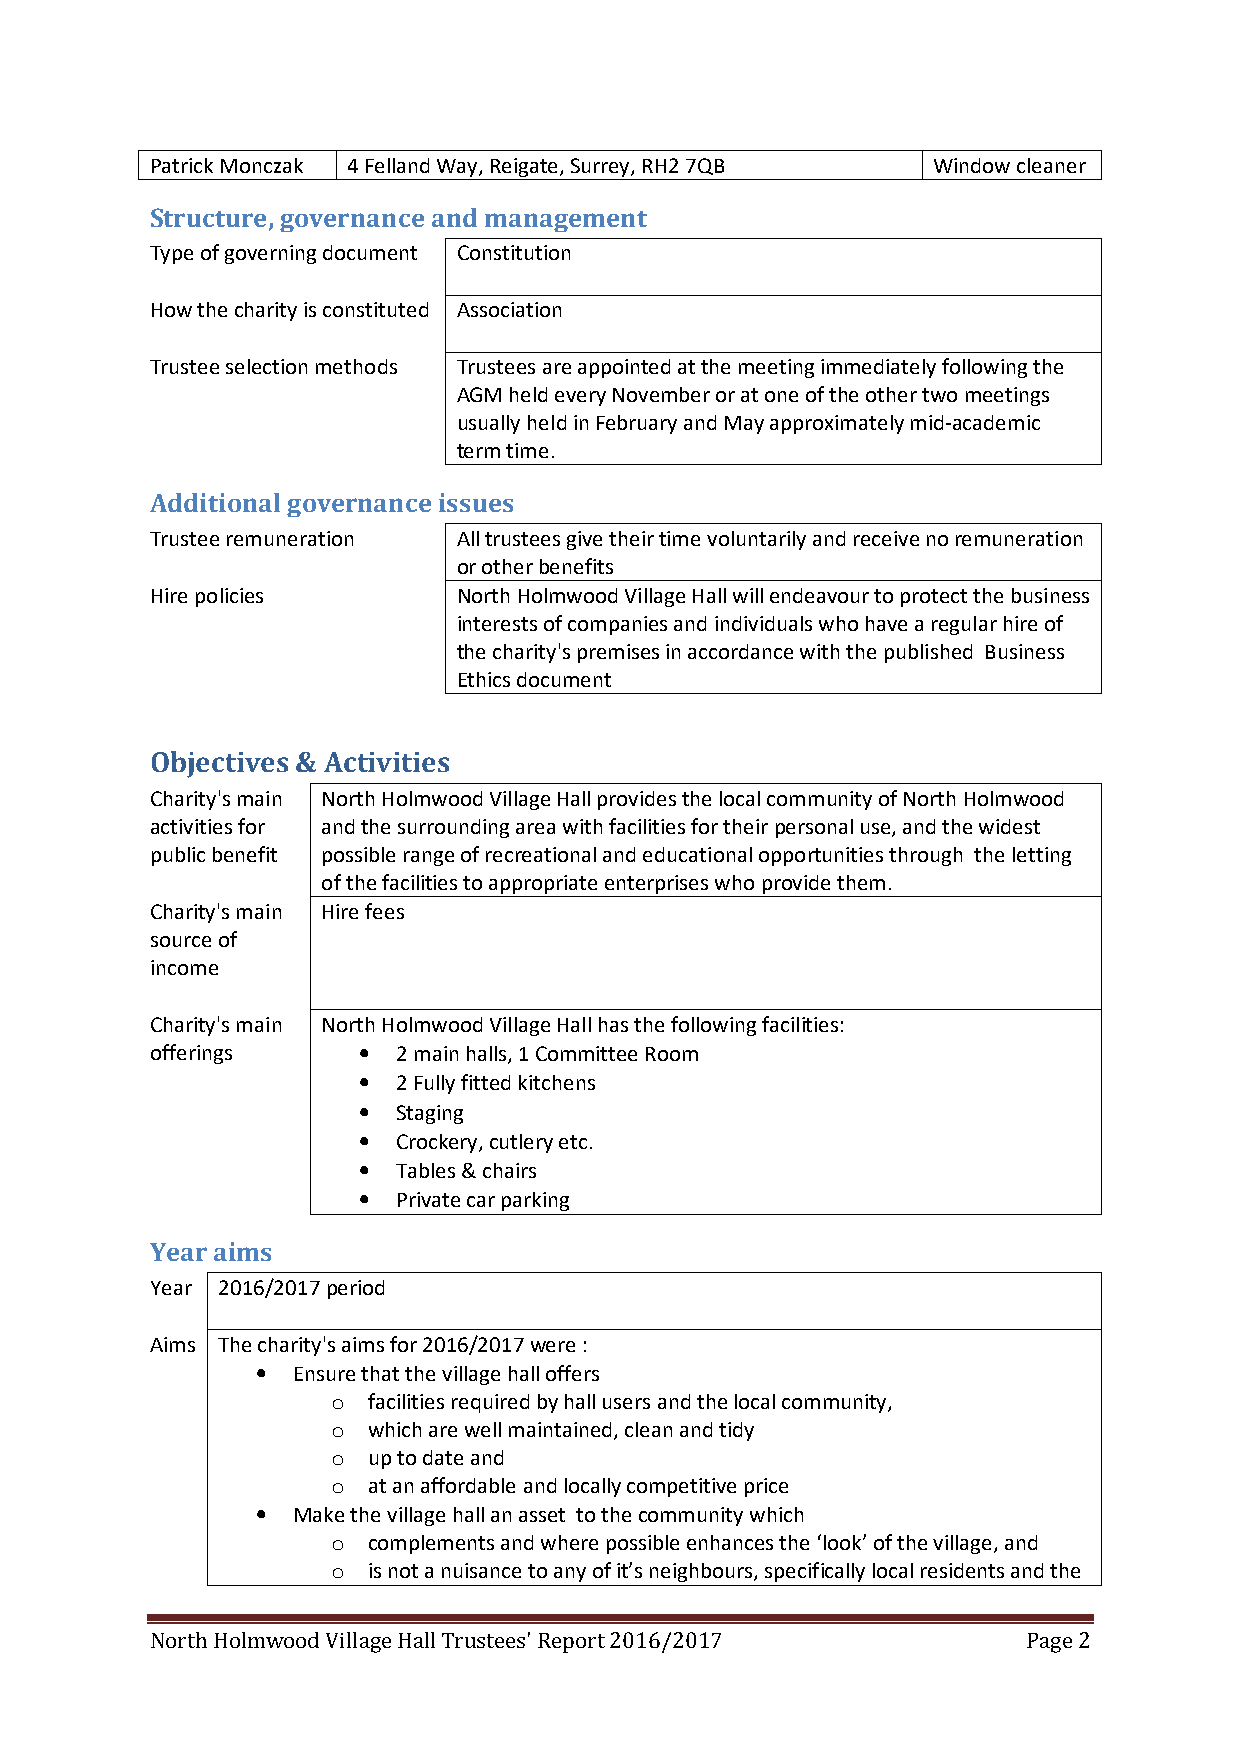
Patrick Monczak 4 Felland Way, Reigate, Surrey, RH2 7QB Window cleaner
 Structure, governance and management
 Type of governing document Constitution
 How the charity is constituted Association
 Trustee selection methods Trustees are appointed at the meeting immediately following the
 AGM held every November or at one of the other two meetings
 usually held in February and May approximately mid-academic
 term time.
 Additional governance issues
 Trustee remuneration All trustees give their time voluntarily and receive no remuneration
 or other benefits
 Hire policies       North Holmwood Village Hall will endeavour to protect the business
 interests of companies and individuals who have a regular hire of
 the charity's premises in accordance with the published Business
 Ethics document
 Objectives & Activities
 Charity's main North Holmwood Village Hall provides the local community of North Holmwood
 activities for and the surrounding area with facilities for their personal use, and the widest
 public benefit possible range of recreational and educational opportunities through the letting
 of the facilities to appropriate enterprises who provide them.
 Charity's main Hire fees
 source of
 income
 Charity's main North Holmwood Village Hall has the following facilities:
 offerings     • 2 main halls, 1 Committee Room
 • 2 Fully fitted kitchens
 • Staging
 • Crockery, cutlery etc.
 • Tables & chairs
 • Private car parking
 Year aims
 Year 2016/2017 period
 Aims The charity's aims for 2016/2017 were :
 • Ensure that the village hall offers
 o facilities required by hall users and the local community,
 o which are well maintained, clean and tidy
 o up to date and
 o at an affordable and locally competitive price
 • Make the village hall an asset to the community which
 o complements and where possible enhances the ‘look’ of the village, and
 o is not a nuisance to any of it’s neighbours, specifically local residents and the
 North Holmwood Village Hall Trustees' Report 2016/2017    Page 2